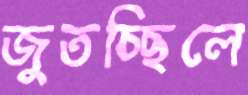
জুতচ্ছিলে